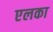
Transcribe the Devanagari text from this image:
एलका